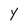
Character: Y